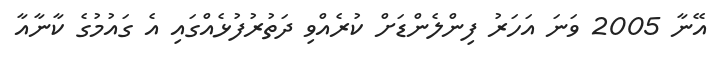
އޭނާ 2005 ވަނަ އަހަރު ފިންލެންޑަށް ކުރެއްވި ދަތުރުފުޅެއްގައި އެ ގައުމުގެ ކާނާއާ